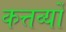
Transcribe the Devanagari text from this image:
कत्तर्व्यों